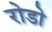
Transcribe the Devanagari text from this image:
रोडो